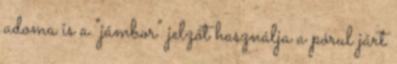
adoma is a "jámbor" jelzőt használja a pórul járt